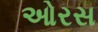
ઓરસ